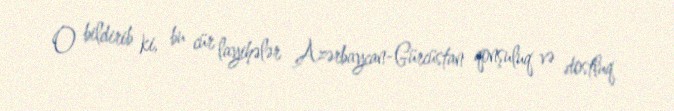
O bildirib ki, bu cür layihələr Azərbaycan-Gürcüstan qonşuluq və dostluq